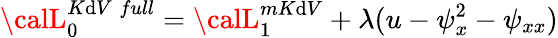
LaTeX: {\calL}_{0}^{K\mathrm{d}V\; full}={\calL}_{1}^{mK\mathrm{d}V}+\lambda(u-\psi_{x}^{2}-\psi_{xx})